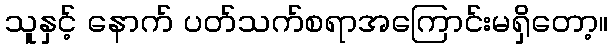
သူနှင့် နောက် ပတ်သက်စရာအကြောင်းမရှိတော့။